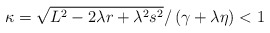
\begin{align*}\kappa=\sqrt{L^{2}-2\lambda r+\lambda ^{2}s^{2}}/\left( \gamma +\lambda \eta\right) <1 \end{align*}